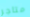
متاجر